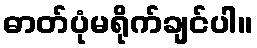
ဓာတ်ပုံမရိုက်ချင်ပါ။